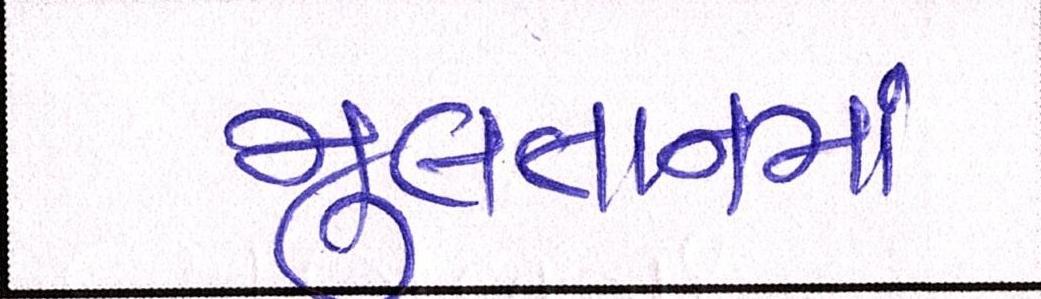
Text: મુલતાનમાં